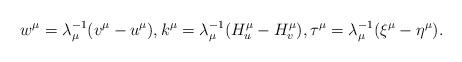
LaTeX: \begin{align*}w^\mu = \lambda_\mu^{-1} (v^\mu - u^\mu), k^\mu = \lambda_\mu^{-1}(H_u^\mu - H_v^\mu), \tau^\mu = \lambda_\mu^{-1}(\xi^\mu - \eta^\mu).\end{align*}